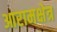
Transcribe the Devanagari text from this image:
आरामक्षेत्र